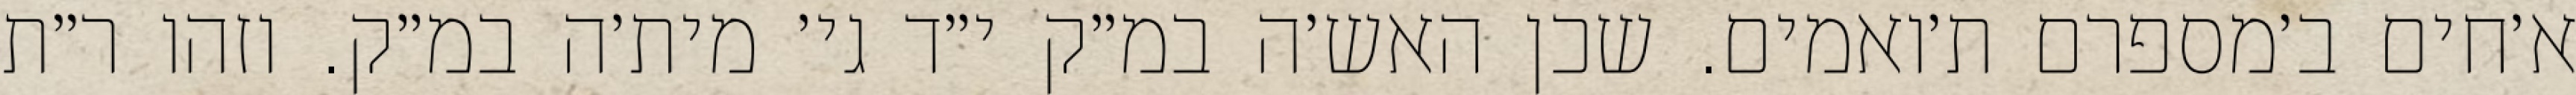
א׳חים ב׳מספרם ת׳ואמים. שכן האש׳ה במ״ק י״ד גי׳ מית׳ה במ״ק. וזהו ר״ת